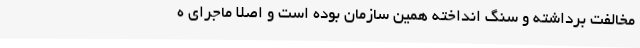
مخالفت برداشته و سنگ انداخته همین سازمان بوده است و اصلا ماجرای ه